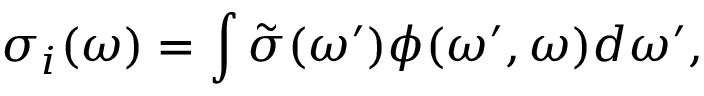
\sigma _ { i } ( \omega ) = \int \tilde { \sigma } ( \omega ^ { \prime } ) \phi ( \omega ^ { \prime } , \omega ) d \omega ^ { \prime } ,